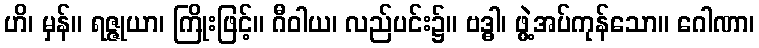
ဟိ၊ မှန်။ ရဇ္ဇုယာ၊ ကြိုးဖြင့်။ ဂီဝါယ၊ လည်ပင်း၌။ ဗဒ္ဓါ၊ ဖွဲ့အပ်ကုန်သော။ ဂေါဏာ၊